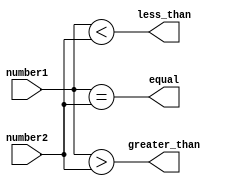
module two_bit_comparator(
    input [1:0] number1,
    input [1:0] number2,
    output wire greater_than,
    output wire less_than,
    output wire equal
);

assign greater_than = (number1 > number2);
assign less_than = (number1 < number2);
assign equal = (number1 == number2);

endmodule